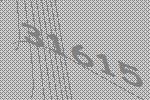
31615